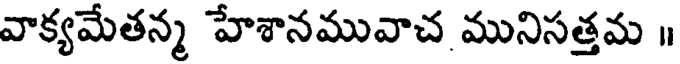
వాక్యమేతన్మ హేశానమువాచ మునిసత్తమ ॥